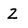
Character: Z